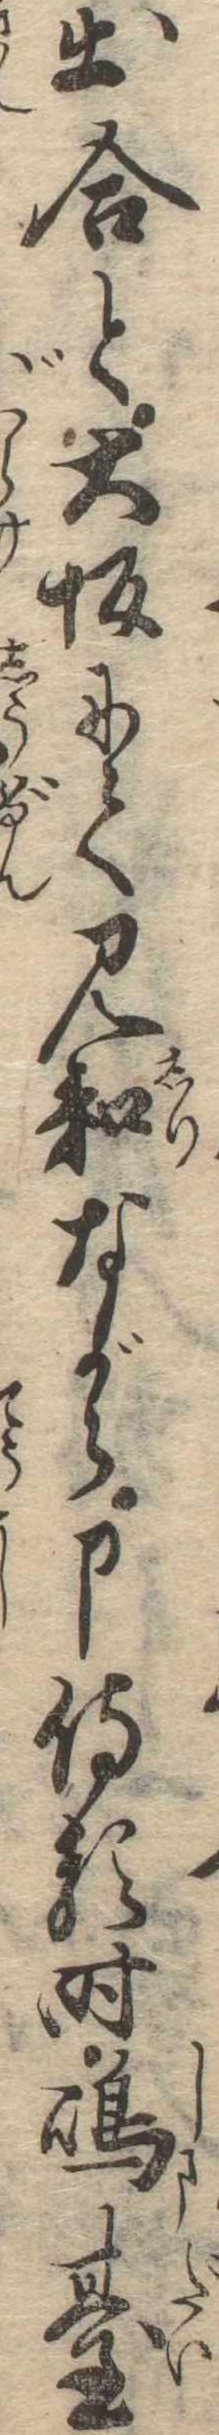
出合と大坂にて見知ながら申侍る時島台